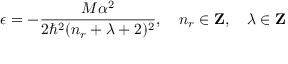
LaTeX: \epsilon = - \frac { M \alpha ^ { 2 } } { 2 \hbar ^ { 2 } ( n _ { r } + \lambda + 2 ) ^ { 2 } } , \, \, \, \, \, \, n _ { r } \in \mathrm { { \bf Z } } , \, \, \, \, \, \, \lambda \in \mathrm { { \bf Z } }